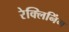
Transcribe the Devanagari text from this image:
रेक्लिनिंग